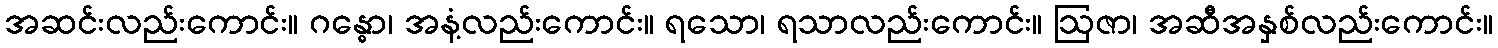
အဆင်းလည်းကောင်း။ ဂန္ဓော၊ အနံ့လည်းကောင်း။ ရသော၊ ရသာလည်းကောင်း။ ဩဇာ၊ အဆီအနှစ်လည်းကောင်း။